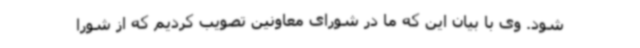
شود. وی با بیان این که ما در شورای معاونین تصویب کردیم که از شورا